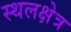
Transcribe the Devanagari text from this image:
स्थलक्षेत्र